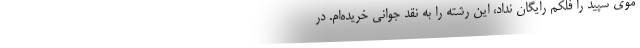
موی سپید را فلکم رایگان نداد، این رشته را به نقد جوانی خریده‌ام. در